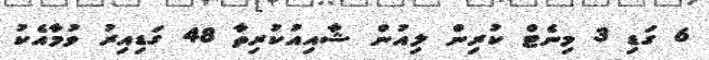
6 ގަޑި 3 މިނެޓް ކުރިން ލިއުން ޝާއިއުކުރިތާ 48 ގަޑިއިރު ވުމާއެކު